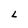
Character: L